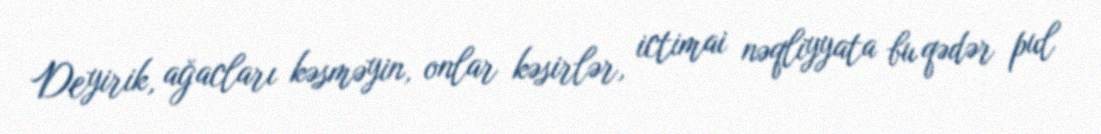
Deyirik, ağacları kəsməyin, onlar kəsirlər, ictimai nəqliyyata bu qədər pul